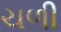
ચળી